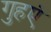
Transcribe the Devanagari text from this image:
गुहएं